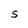
Character: S